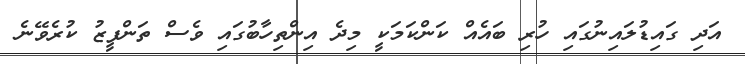
އަދި ގައިޑުލައިނުގައި ހުރި ބައެއް ކަންކަމަކީ މިދެ އިންތިހާބުގައި ވެސް ތަންފީޒު ކުރެވޭނެ